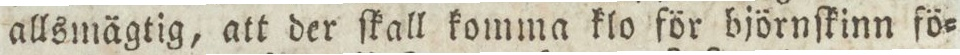
allsmägtig, att der ſkall komma klo för björnſkinn fö=